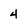
Character: 4